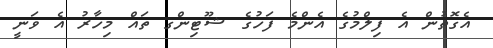
އެގޮތުން އެ ފިލްމުގެ އެންމެ ފަހުގެ ޝޫޓިންގ ތައް މިހާރު އެ ވަނީ